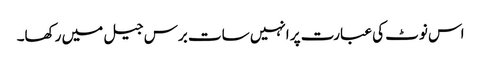
اس نوٹ کی عبارت پر انہیں سات برس جیل میں رکھا۔